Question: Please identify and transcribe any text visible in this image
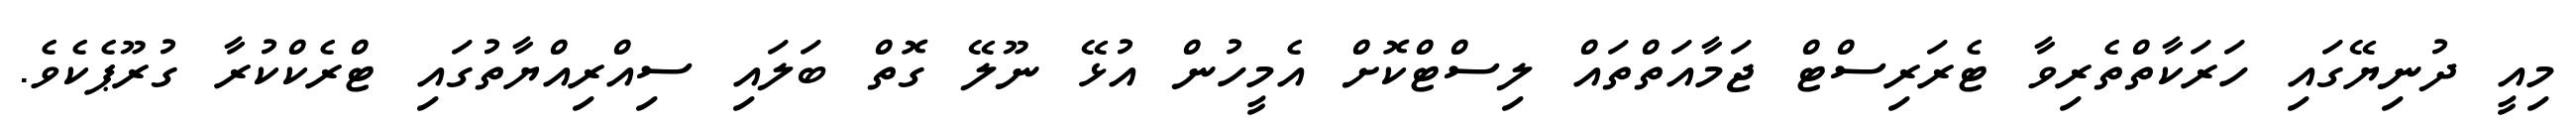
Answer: މިއީ ދުނިޔޭގައި ހަރަކާތްތެރިވާ ޓެރަރިސްޓް ޖަމާއަތްތައް ލިސްޓްކޮށް އެމީހުން އުޅޭ ނޫލޭ ގޮތް ބަލައި ސިއްރިއްޔާތުގައި ޓްރެކްކުރާ ގުރޫޕެކެވެ.